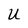
Character: U